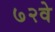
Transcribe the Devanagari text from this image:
७२वे